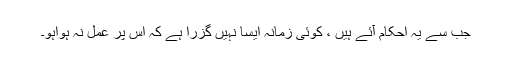
جب سے یہ احکام آئے ہیں ، کوئی زمانہ ایسا نہیں گزرا ہے کہ اس پر عمل نہ ہواہو۔